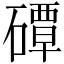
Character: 磹